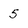
Character: 5